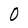
Character: O